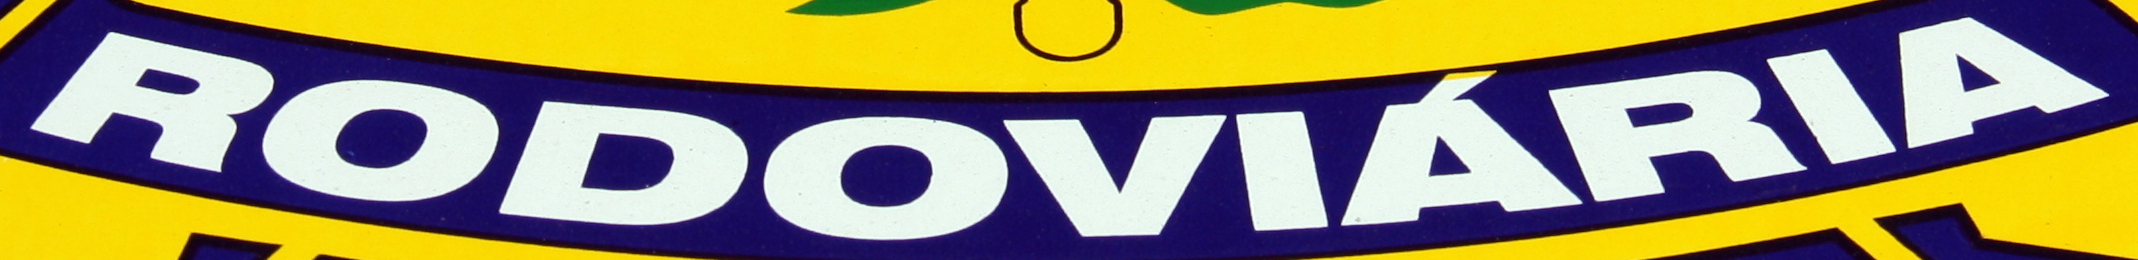
RODOVIARIA